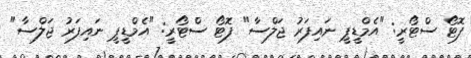
ފޮޓޯ ސްޓޯރީ: "އެމްޑީޕީ ނައިފަރު ޖަލްސާ" ފޮޓޯ ސްޓޯރީ: "އެމްޑީޕީ ނައިފަރު ޖަލްސާ"